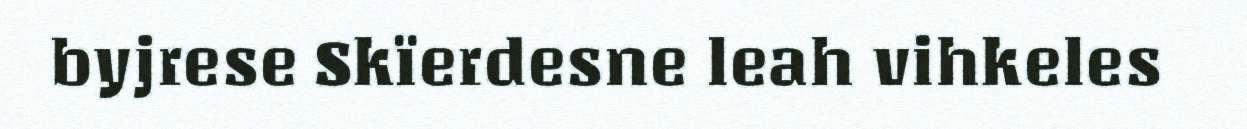
byjrese Skïerdesne leah vihkeles